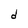
Character: d